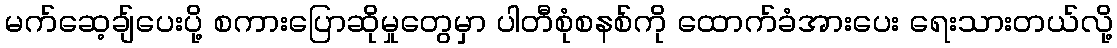
မက်ဆေ့ချ်ပေးပို့ စကားပြောဆိုမှုတွေမှာ ပါတီစုံစနစ်ကို ထောက်ခံအားပေး ရေးသားတယ်လို့